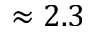
\approx 2 . 3